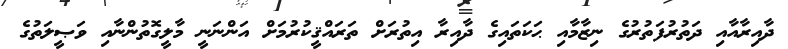
ދާއިރާއާއި ދަތުރުފަތުރުގެ ނިޒާމާއި ޙަކަތައިގެ ދާއިރާ އިތުރަށް ތަރައްޤީކުރުމަށް އަންނަނީ މާލީގޮތުންނާއި ވަޞީލަތުގެ